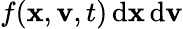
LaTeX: f(\mathbf{x},\mathbf{v},t)\, {\mathrm{d}}\mathbf{x}\, {\mathrm{d}}\mathbf{v}